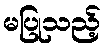
မပြုသည့်